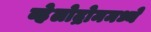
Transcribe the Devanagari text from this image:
व्हेलोद्रोममध्ये